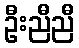
ဦးညီညီ